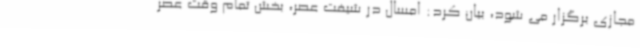
مجازی برگزار می شود، بیان کرد: امسال در شیفت عصر، بخش تمام وقت عصر